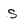
Character: s